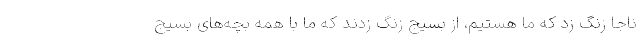
ناجا زنگ زد که ما هستیم، از بسیج زنگ زدند که ما با همه بچه‌های بسیج